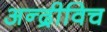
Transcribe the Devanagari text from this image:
अन्द्रीविच